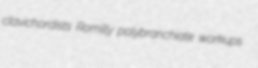
clavichordists Romilly polybranchiate workups